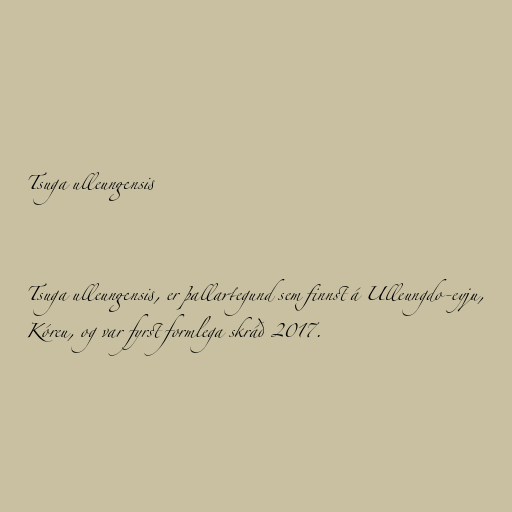
Tsuga ulleungensis

Tsuga ulleungensis, er þallartegund sem finnst á Ulleungdo-eyju,
Kóreu, og var fyrst formlega skráð 2017.